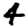
Digit: 4